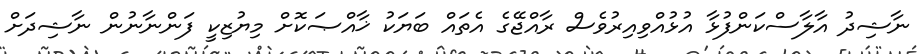
ނާޝިދު އާލާސްކަންފުޅާ އުޅުއްވިއިރުވެސް ރާއްޖޭގެ އެތައް ބަޔަކު ޚާއްޞަކޮށް މިޔުޒިކީ ފަންނާނުން ނާޝިދަށް